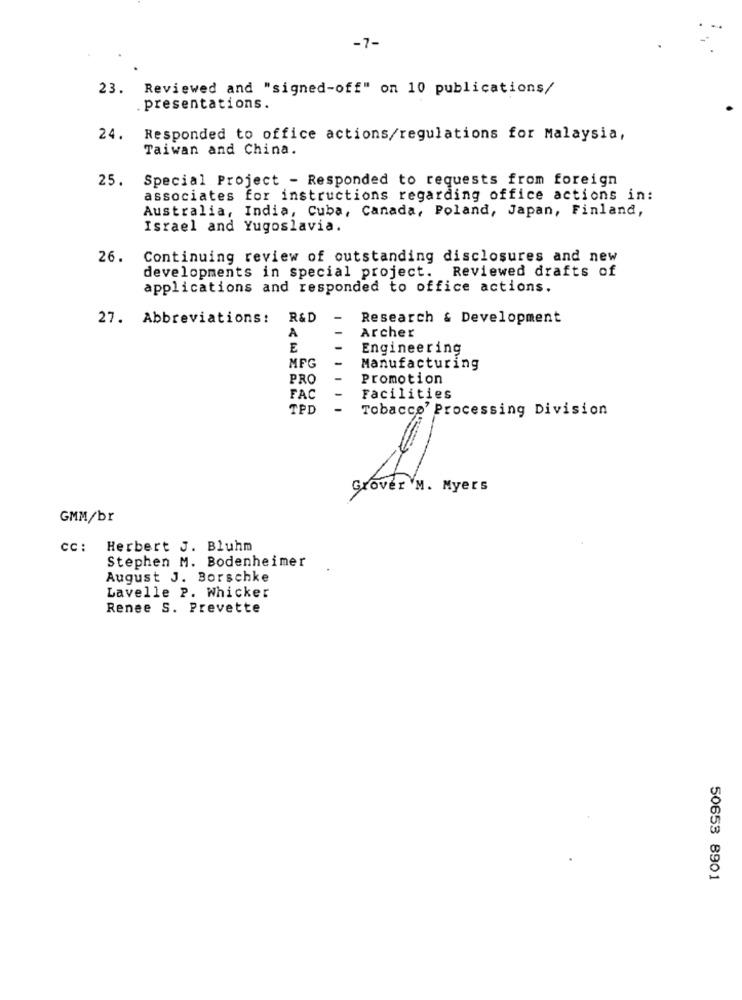
-7-
23. Reviewed and "signed-off" on 10 publications/
. presentations.
24.
Responded to office actions/regulations for Malaysia,
Taiwan and China.
25.
Special Project - Responded to requests from foreign
associates for instructions regarding office actions in:
Australia, India, Cuba, Canada, Poland, Japan, Finland,
Israel and Yugoslavia.
26.
Continuing review of outstanding disclosures and new
developments in special project. Reviewed drafts of
applications and responded to office actions.
27. Abbreviations: R&D
Research & Development
A
Archer
E
Engineering
MFG
Manufacturing
PRO
Promotion
FAC
Facilities
TPD
Tobacco' Processing Division
Grover M. Myers
GMM/br
cc: Herbert J. Bluhm
Stephen M. Bodenheimer
August J. Borschke
Lavelle P. Whicker
Renee S. Prevette
50653 8901